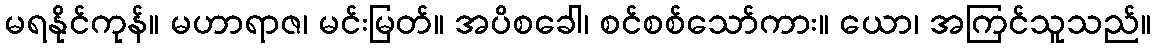
မရနိုင်ကုန်။ မဟာရာဇ၊ မင်းမြတ်။ အပိစခေါ၊ စင်စစ်သော်ကား။ ယော၊ အကြင်သူသည်။